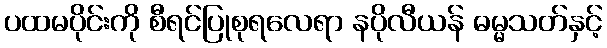
ပထမပိုင်းကို စီရင်ပြုစုရလေရာ နပိုလီယန် ဓမ္မသတ်နှင့်